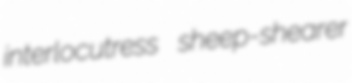
interlocutress sheep-shearer